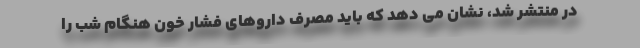
در منتشر شد، نشان می دهد که باید مصرف داروهای فشار خون هنگام شب را